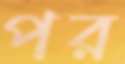
পর